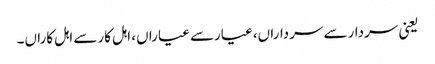
یعنی سردارسے سرداراں، عیارسے عیاراں، اہل کارسے اہل کاراں۔